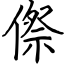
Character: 傺